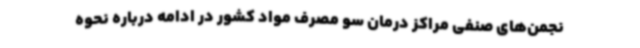
نجمن‌های صنفی مراکز درمان سو مصرف مواد کشور در ادامه درباره نحوه